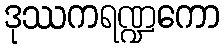
ဒုဿကရဏ္ဍကော